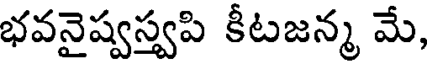
భవనైష్వస్వపి కీటజన్మ మే,